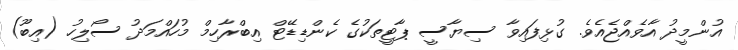
އުންމީދު އާވެއްޖެއެވެ. ގުޅިފައިވާ ސިޔާސީ ޕާޓީތަކުގެ ކެންޑިޑޭޓް އިބްރާހިމް މުހައްމަދު ސޯލިހު (އިބޫ)